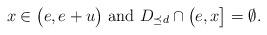
LaTeX: \begin{align*}x\in \big(e,e+u\big) \hbox{ and } D_{\preceq d} \cap \big(e,x\big] = \emptyset.\end{align*}